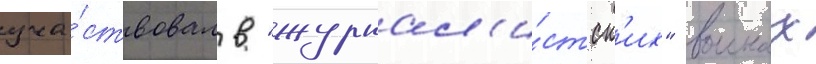
уча́ствовал в "журнал'и́стск'их" воинах